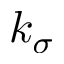
k _ { \sigma }